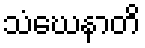
သံဃေနာတိ